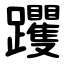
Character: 躩